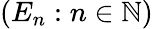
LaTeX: (E_{n}:n\in\mathbb{N})